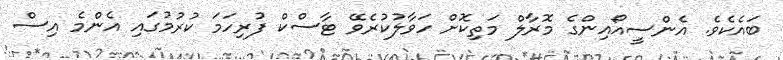
ބައެކެވެ. އެންސީއޯއިންގެ މޮރާލް މަތިކޮށް ހަވާލުކުރެވޭ ޓާސްކް ފުރިހަމަ ކުރުމުގައި އެންމެ އިސް